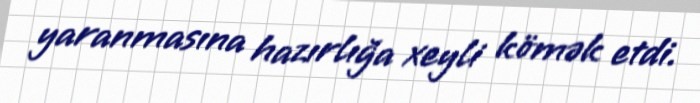
yaranmasına hazırlığa xeyli kömək etdi.